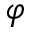
\varphi